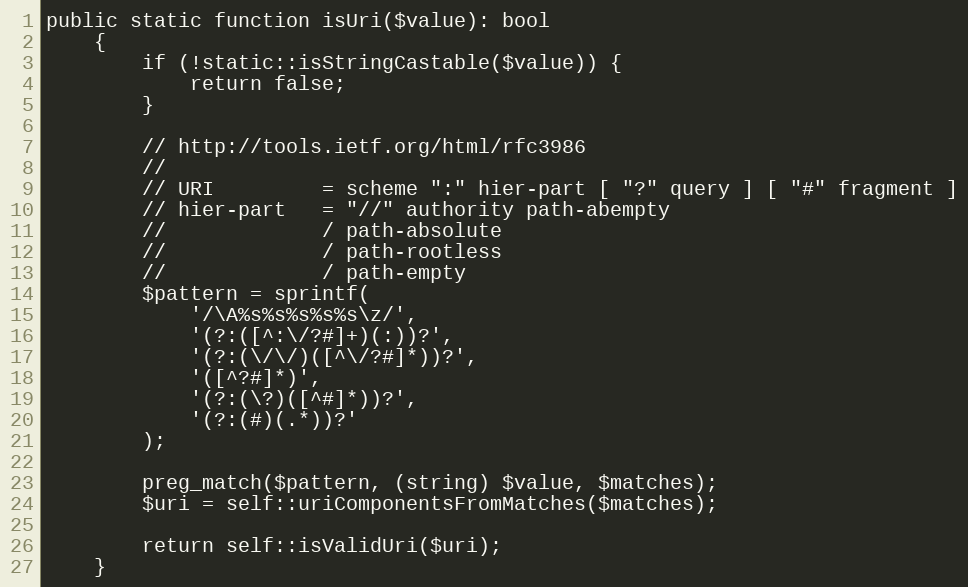
Language: PHP
public static function isUri($value): bool
    {
        if (!static::isStringCastable($value)) {
            return false;
        }

        // http://tools.ietf.org/html/rfc3986
        //
        // URI         = scheme ":" hier-part [ "?" query ] [ "#" fragment ]
        // hier-part   = "//" authority path-abempty
        //             / path-absolute
        //             / path-rootless
        //             / path-empty
        $pattern = sprintf(
            '/\A%s%s%s%s%s\z/',
            '(?:([^:\/?#]+)(:))?',
            '(?:(\/\/)([^\/?#]*))?',
            '([^?#]*)',
            '(?:(\?)([^#]*))?',
            '(?:(#)(.*))?'
        );

        preg_match($pattern, (string) $value, $matches);
        $uri = self::uriComponentsFromMatches($matches);

        return self::isValidUri($uri);
    }